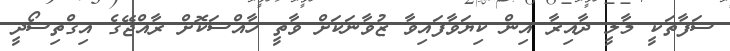
ސަފާތަކީ މާލީ ދާއިރާ އިން ކިޔަވާފައިވާ ޒުވާނަކަށް ވާތީ ހާއްސަކޮށް ރާއްޖޭގެ އިގްތިސޯދީ